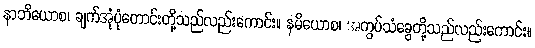
နာဘိယောစ၊ ချက်အုံပုံတောင်းတို့သည်လည်းကောင်း။ နမိယောစ၊ အကွပ်သံခွေတို့သည်လည်းကောင်း။